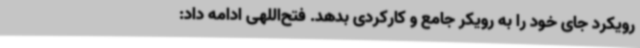
رویکرد جای خود را به رویکر جامع و کارکردی بدهد. فتح‌اللهی ادامه داد: